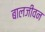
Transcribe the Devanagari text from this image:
बालजीवन